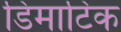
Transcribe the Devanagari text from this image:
डिमाटिक